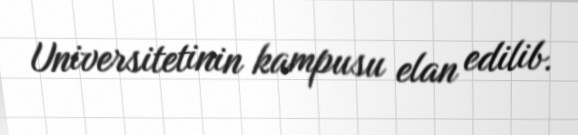
Universitetinin kampusu elan edilib.